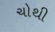
ચોથી